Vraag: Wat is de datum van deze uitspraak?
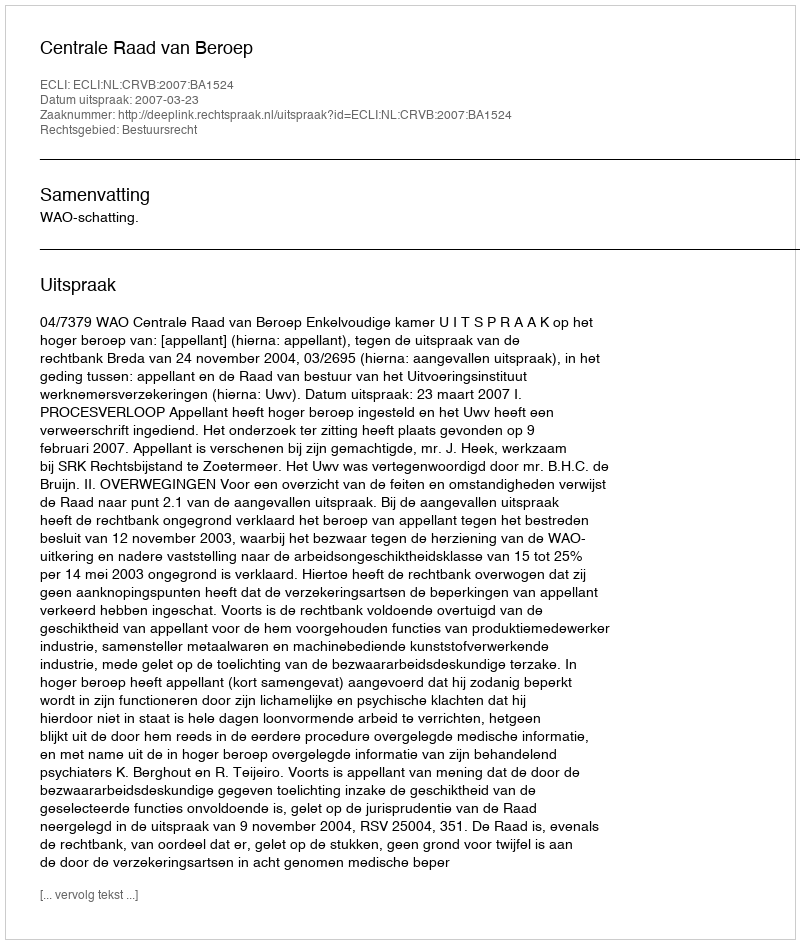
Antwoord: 2007-03-23